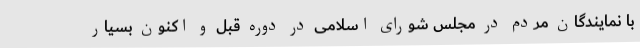
با نمایندگان مردم در مجلس شورای اسلامی در دوره قبل و اکنون بسیار